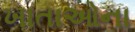
ખાતાઓના